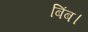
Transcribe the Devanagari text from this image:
बिंब।